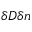
\delta D \delta n